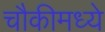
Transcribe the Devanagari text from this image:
चौकीमध्ये